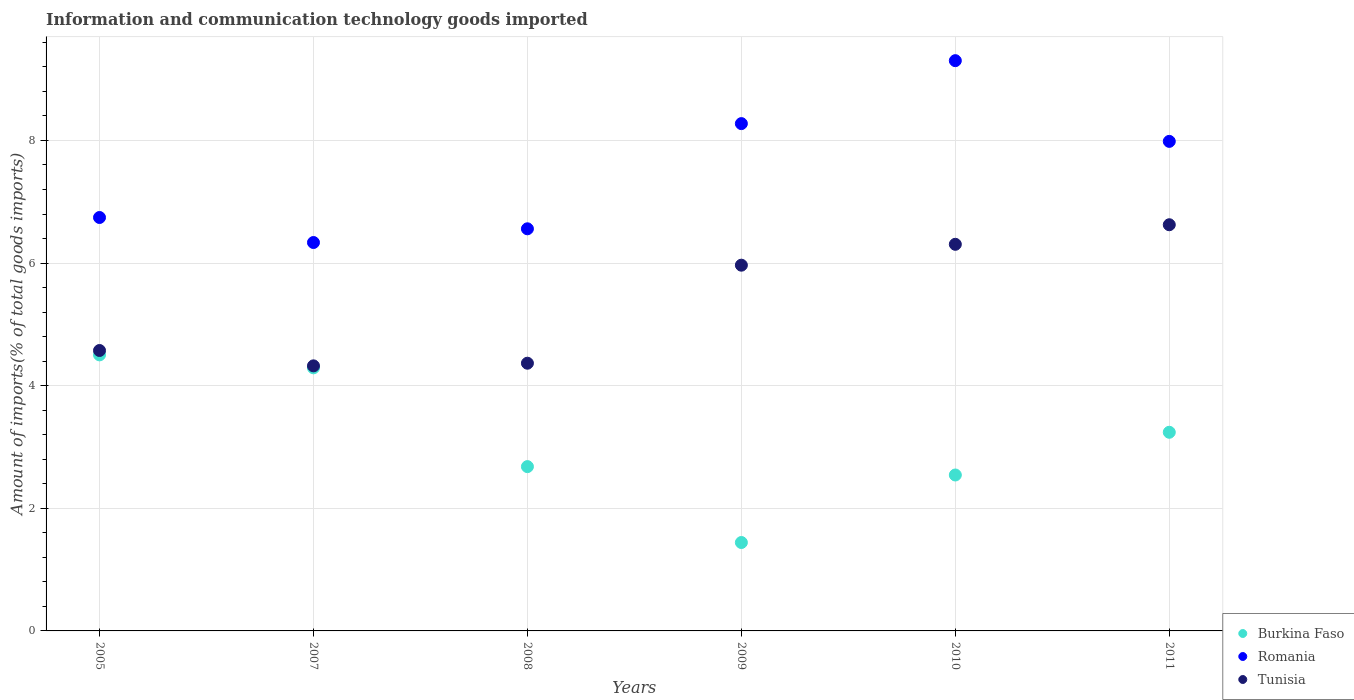
| Years | Burkina Faso | Romania | Tunisia |
 | --- | --- | --- | --- |
 | 2005 | 4.5 | 6.74 | 4.57 |
 | 2007 | 4.29 | 6.34 | 4.32 |
 | 2008 | 2.68 | 6.56 | 4.37 |
 | 2009 | 1.44 | 8.27 | 5.97 |
 | 2010 | 2.54 | 9.3 | 6.31 |
 | 2011 | 3.24 | 7.98 | 6.63 |